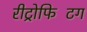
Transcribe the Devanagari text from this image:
रीट्रोफिटिंग